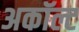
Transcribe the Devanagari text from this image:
अकॉल्ट